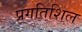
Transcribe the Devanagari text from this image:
प्रगतिशिल